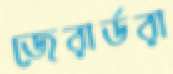
জেরার্ডরা